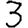
Digit: 3